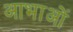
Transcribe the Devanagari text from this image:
आभाओं